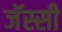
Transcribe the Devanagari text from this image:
जॅस्सी